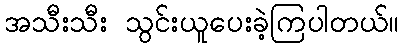
အသီးသီး သွင်းယူပေးခဲ့ကြပါတယ်။